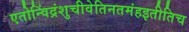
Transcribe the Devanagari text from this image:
एतोन्विंद्रंशुचीवेतिनतमंहइतीतिच